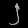
Digit: ၂